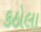
કઠોલા